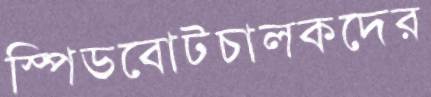
স্পিডবোটচালকদের